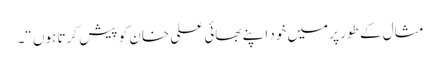
مثال کے طور پر میں خود اپنے بھائی علی خان کو پیش کرتا ہوں “۔